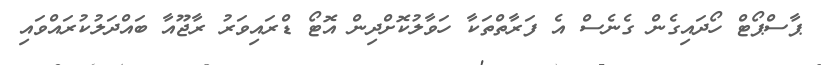
ޕާސްޕޯޓް ހޯދައިގެން ގެނެސް އެ ފަރާތްތަކާ ހަވާލުކޮށްދިން އޮޓޯ ޑްރައިވަރު ރާޖޫއާ ބައްދަލުކުރައްވައި